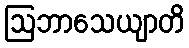
ဩဘာသေယျာတိ